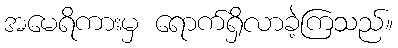
အမေရိကားမှ ရောက်ရှိလာခဲ့ကြသည်။